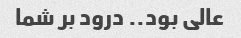
عالی بود.. درود بر شما